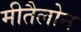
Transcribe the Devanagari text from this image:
मीतैलोन